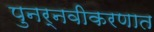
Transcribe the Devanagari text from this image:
पुनर्नवीकरणात